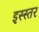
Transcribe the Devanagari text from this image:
इस्स्तर